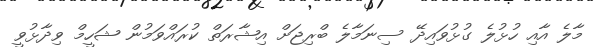
މާލެ އާއި ހުޅުލެ ގުޅުވައިދޭ ސިނަމާލެ ބްރިޖަށް އިޝާރަތް ކުރައްވަމުން ޝަހީމް ވިދާޅުވީ